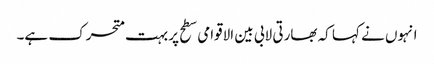
انہوں نے کہا کہ بھارتی لابی بین الاقوامی سطح پر بہت متحرک ہے۔